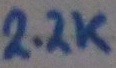
Text: 2.2K